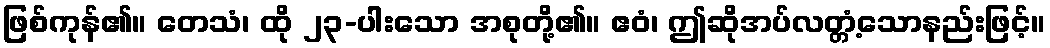
ဖြစ်ကုန်၏။ တေသံ၊ ထို ၂၃-ပါးသော အစုတို့၏။ ဧဝံ၊ ဤဆိုအပ်လတ္တံ့သောနည်းဖြင့်။